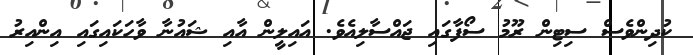
ކުދިންވެސް ސިޓިން ރޫމު ސޯފާގައި ޖައްސާލިއެވެ. އައިލީން އާއި ޝައުނާ ވާހަކައިގައި އިންއިރު